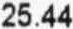
25.44